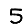
Digit: 5